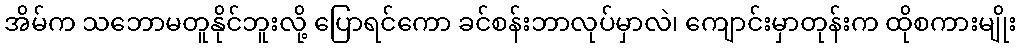
အိမ်က သဘောမတူနိုင်ဘူးလို့ ပြောရင်ကော ခင်စန်းဘာလုပ်မှာလဲ၊ ကျောင်းမှာတုန်းက ထိုစကားမျိုး